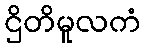
ဌိတိမူလကံ